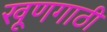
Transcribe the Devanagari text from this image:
खूणगाठी